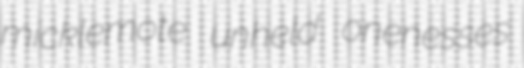
micklemote unheld onenesses